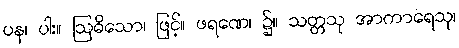
ပန၊ ပါး။ ဩဓိသော၊ ဖြင့်။ ဖရဏေ၊ ၌။ သတ္တသု အာကာရေသု၊